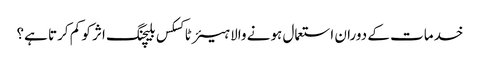
خدمات کے دوران استعمال ہونے والا ہیئر ٹاکسکس بلیچنگ اثر کو کم کرتا ہے؟